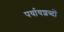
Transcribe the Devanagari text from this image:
पर्यायशब्दों